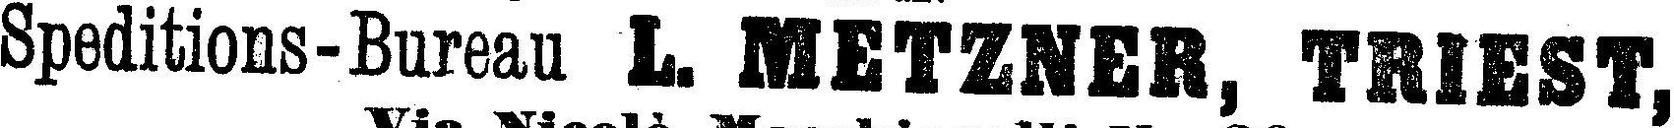
Speditions-Bureau L. METZNER, TRIEST,